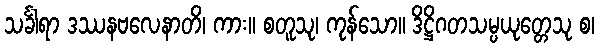
သင်္ခါရာ ဒဿနဗလေနာတိ၊ ကား။ စတူသု၊ ကုန်သော။ ဒိဋ္ဌိဂတသမ္ပယုတ္တေသု စ၊